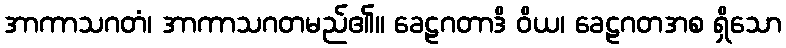
အာကာသဂတံ၊ အာကာသဂတမည်၏။ ခေဠဂတာဒိ ဝိယ၊ ခေဠဂတအစ ရှိသော